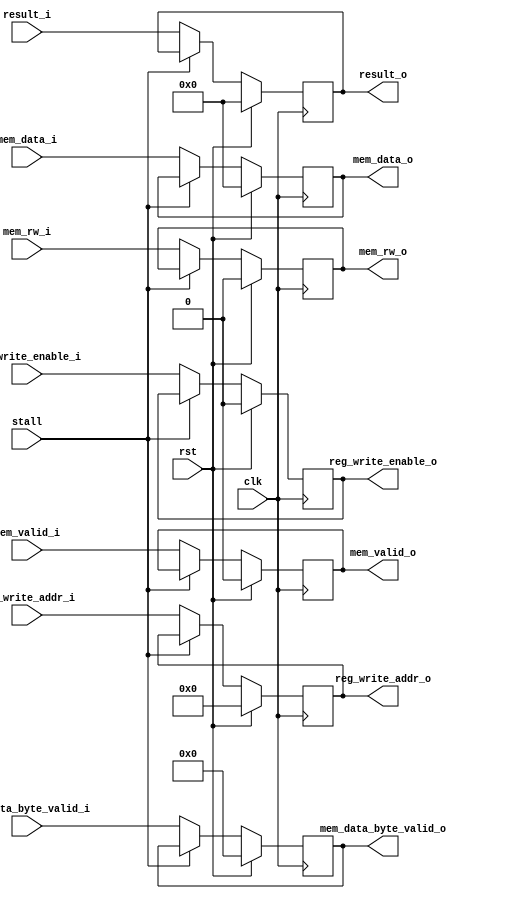
module ex_mem (
	input wire clk,
	input wire rst,
	input wire[63:0] result_i,
	input wire[4:0] reg_write_addr_i,
	input wire reg_write_enable_i,
	input wire mem_valid_i,
	input wire mem_rw_i,
	input wire[63:0] mem_data_i,
	input wire[7:0] mem_data_byte_valid_i,

	input wire stall,

	output reg[63:0] result_o,
	output reg[4:0] reg_write_addr_o,
	output reg reg_write_enable_o,
	output reg mem_valid_o,
	output reg mem_rw_o,
	output reg[63:0] mem_data_o,
	output reg[7:0] mem_data_byte_valid_o
);

	always @(posedge clk) begin
		if (rst == 1'b1) begin
			result_o <= 64'b0;
			reg_write_addr_o <= 5'b0;
			reg_write_enable_o <= 1'b0;
			mem_valid_o <= 1'b0;
			mem_rw_o <= 1'b0;
			mem_data_o <= 64'b0;
			mem_data_byte_valid_o <= 8'b0;
		end	else if (stall != 1'b1) begin
			result_o <= result_i;
			reg_write_addr_o <= reg_write_addr_i;
			reg_write_enable_o <= reg_write_enable_i;
			mem_valid_o <= mem_valid_i;
			mem_rw_o <= mem_rw_i;
			mem_data_o <= mem_data_i;
			mem_data_byte_valid_o <= mem_data_byte_valid_i;
		end
	end

endmodule